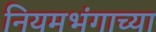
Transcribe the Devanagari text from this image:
नियमभंगाच्या